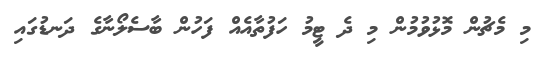
މި މެޗުން މޮޅުވުމުން މި ދެ ޓީމު ހަފުތާއެއް ފަހުން ބާސެލޯނާގެ ދަނޑުގައި